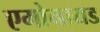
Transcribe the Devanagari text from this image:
एमोनायड